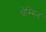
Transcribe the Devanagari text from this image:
चेम्मिन